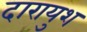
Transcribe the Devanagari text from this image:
दारायुश